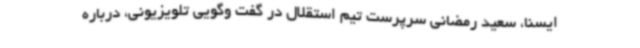
ایسنا، سعید رمضانی سرپرست تیم استقلال در گفت وگویی تلویزیونی، درباره